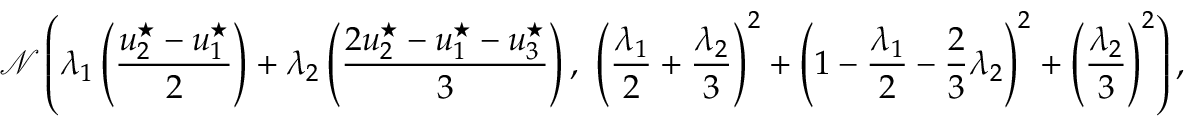
\mathcal { N } \left( \lambda _ { 1 } \left( \frac { u _ { 2 } ^ { \star } - u _ { 1 } ^ { \star } } { 2 } \right) + \lambda _ { 2 } \left( \frac { 2 u _ { 2 } ^ { \star } - u _ { 1 } ^ { \star } - u _ { 3 } ^ { \star } } { 3 } \right) , \ \left( \frac { \lambda _ { 1 } } { 2 } + \frac { \lambda _ { 2 } } { 3 } \right) ^ { 2 } + \left( 1 - \frac { \lambda _ { 1 } } { 2 } - \frac { 2 } { 3 } \lambda _ { 2 } \right) ^ { 2 } + \left( \frac { \lambda _ { 2 } } { 3 } \right) ^ { 2 } \right) ,